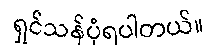
ရှင်သန်ပုံရပါတယ်။